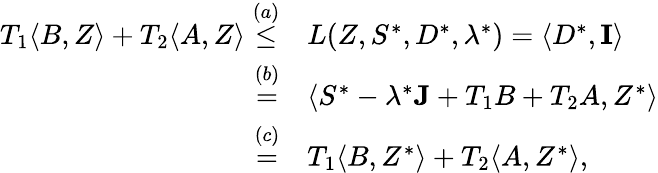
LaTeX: \begin{array}{rl}{T_{1}\langle B,Z\rangle+T_{2}\langle A,Z\rangle\overset{(a)}{\leq}}&{L(Z,S^{*},D^{*},\lambda^{*})=\langle D^{*},\mathbf{I}\rangle}\\ {\overset{(b)}{=}}&{\langle S^{*}-\lambda^{*}\mathbf{J}+T_{1}B+T_{2}A,Z^{*}\rangle}\\ {\overset{(c)}{=}}&{T_{1}\langle B,Z^{*}\rangle+T_{2}\langle A,Z^{*}\rangle,}\end{array}